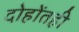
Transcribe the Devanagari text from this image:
दोहोंतही